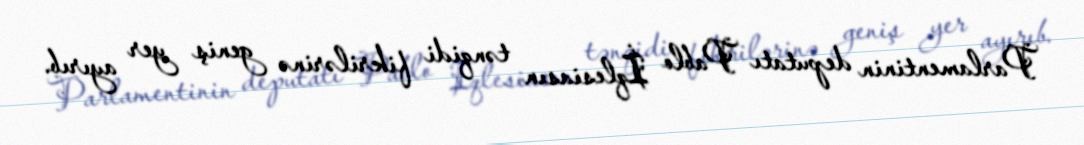
Parlamentinin deputatı Pablo İqlesiasın tənqidi fikrilərinə geniş yer ayırıb.